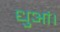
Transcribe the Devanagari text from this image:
धुआं।